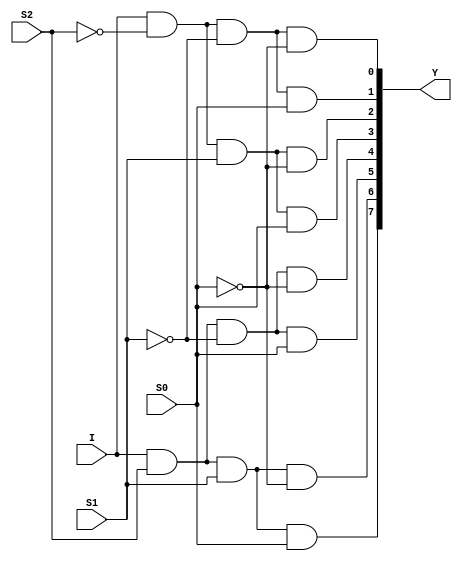
//Dataflow Modelling for 1:8 DeMux

module deMux_1_to_8_df(I, S2, S1, S0, Y);
input I; input S2, S1, S0; output [7:0]Y;
assign Y[0] = I&~S2&~S1&~S0;
assign Y[1] = I&~S2&~S1&S0;
assign Y[2] = I&~S2&S1&~S0;
assign Y[3] = I&~S2&S1&S0;
assign Y[4] = I&S2&~S1&~S0;
assign Y[5] = I&S2&~S1&S0;
assign Y[6] = I&S2&S1&~S0;
assign Y[7] = I&S2&S1&S0;
endmodule